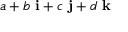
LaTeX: a + b \ \mathbf { i } + c \ \mathbf { j } + d \ \mathbf { k }